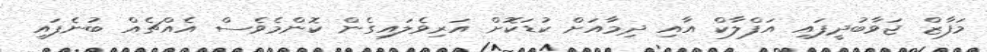
މަފާޒް ޖަވާބުދީފައި އަފްލާކް އާއި ދިމާއަށް ކުޑަކޮށް އަރިވެލައިގެން ކޮންމެވެސް އެއްޗެއް ބުނެފައި